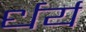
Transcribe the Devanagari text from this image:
र्धर्य